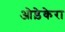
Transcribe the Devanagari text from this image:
ओड़ेकेरा